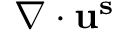
\nabla \cdot \mathbf { u ^ { s } }